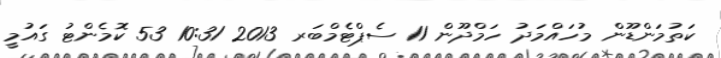
ކަތުމަންޑޫން މުހައްމަދު ހަމްދޫން 11 ސެޕްޓެމްބަރ 2013 10:31 53 ކޮމެންޓު ގައުމީ